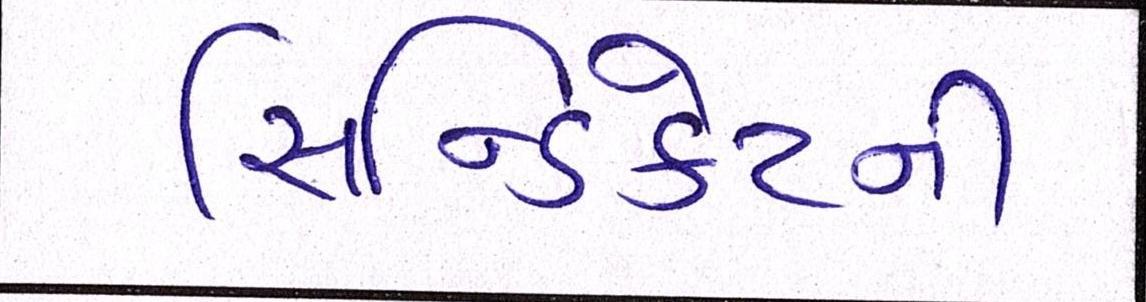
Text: સિન્ડિકેટની